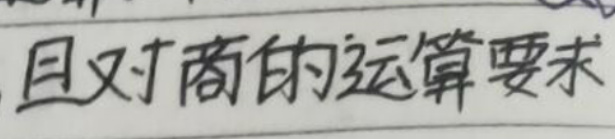
且对商的运算要求